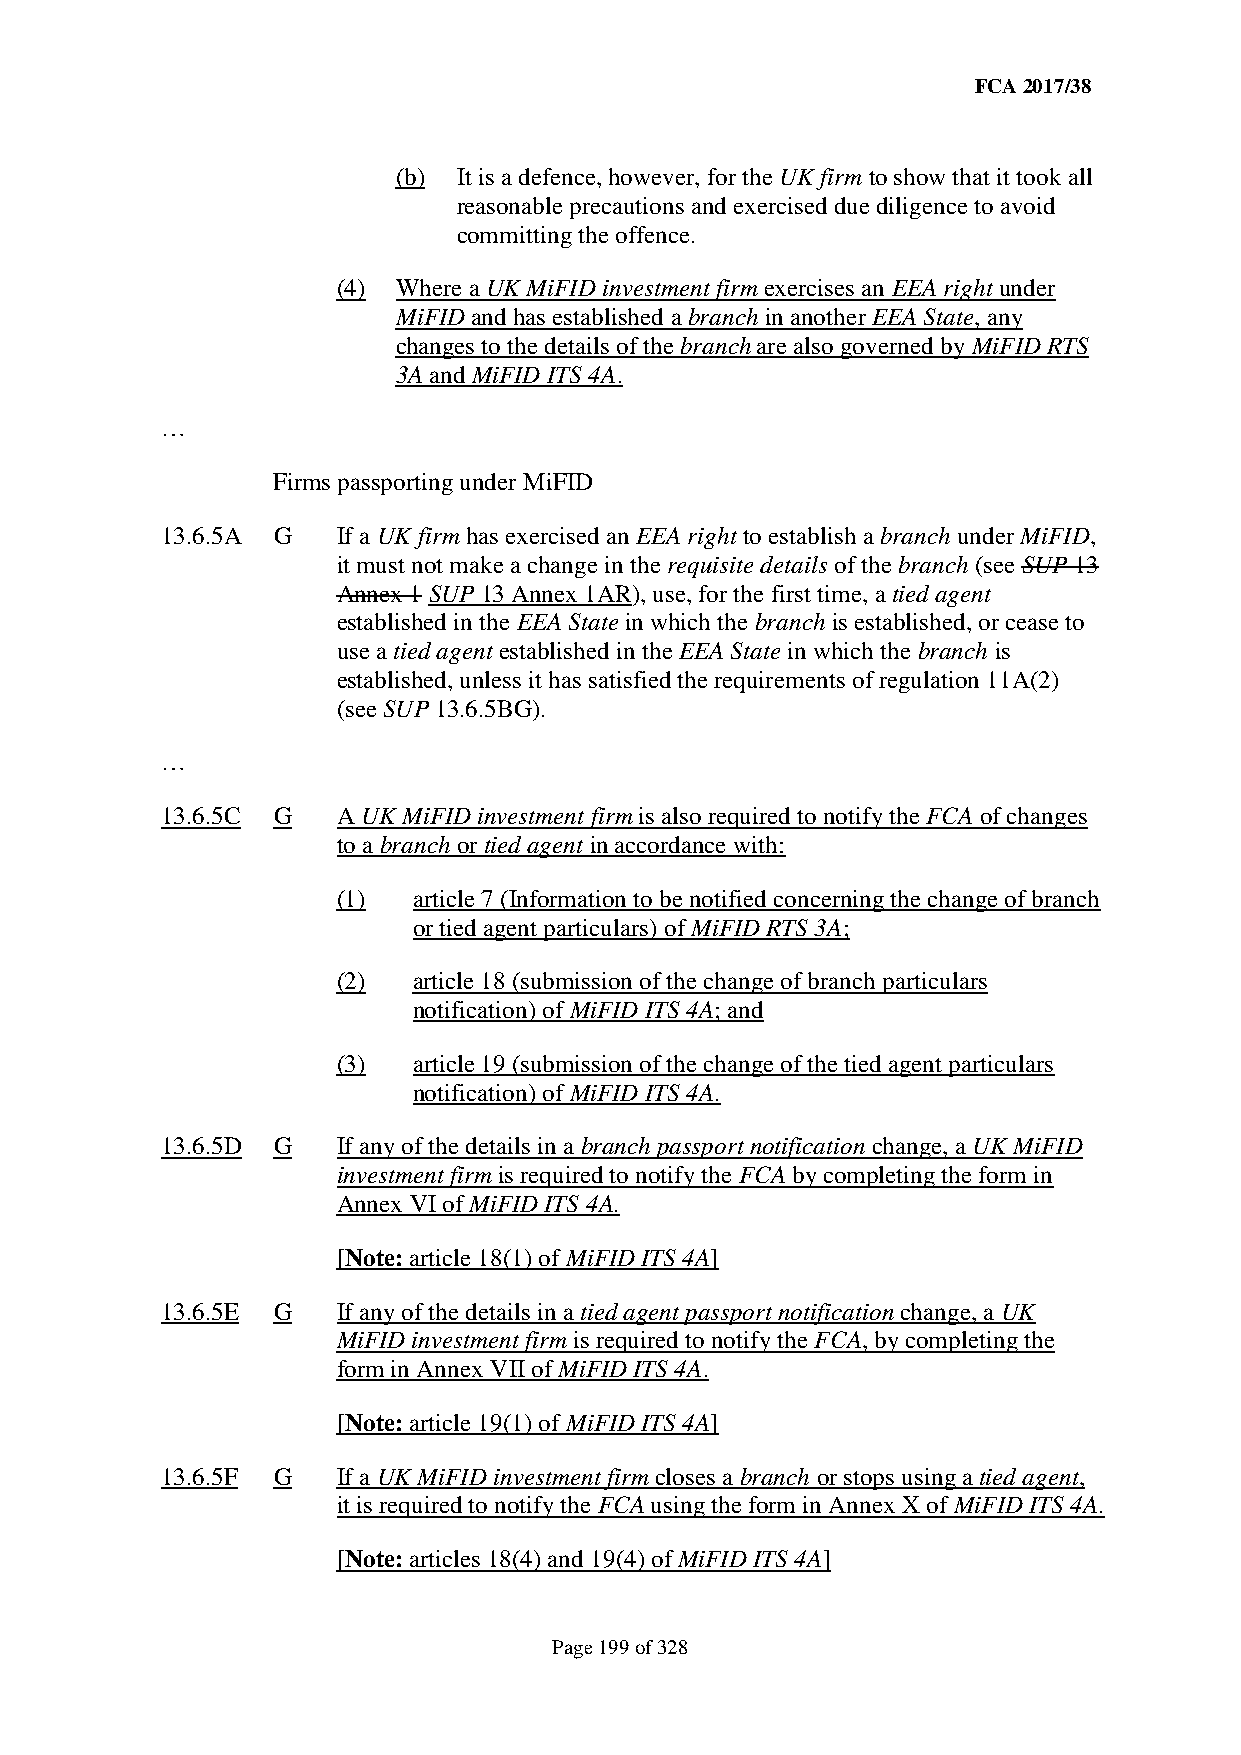
FCA 2017/38
 (b) It is a defence, however, for the UK firm to show that it took all
 reasonable precautions and exercised due diligence to avoid
 committing the offence.
 (4) Where a UK MiFID investment firm exercises an EEA right under
 MiFID and has established a branch in another EEA State, any
 changes to the details of the branch are also governed by MiFID RTS
 3A and MiFID ITS 4A.
 …
 Firms passporting under MiFID
 13.6.5A G  If a UK firm has exercised an EEA right to establish a branch under MiFID,
 it must not make a change in the requisite details of the branch (see SUP 13
 Annex 1 SUP 13 Annex 1AR), use, for the first time, a tied agent
 established in the EEA State in which the branch is established, or cease to
 use a tied agent established in the EEA State in which the branch is
 established, unless it has satisfied the requirements of regulation 11A(2)
 (see SUP 13.6.5BG).
 …
 13.6.5C G  A UK MiFID investment firm is also required to notify the FCA of changes
 to a branch or tied agent in accordance with:
 (1)  article 7 (Information to be notified concerning the change of branch
 or tied agent particulars) of MiFID RTS 3A;
 (2)  article 18 (submission of the change of branch particulars
 notification) of MiFID ITS 4A; and
 (3)  article 19 (submission of the change of the tied agent particulars
 notification) of MiFID ITS 4A.
 13.6.5D G  If any of the details in a branch passport notification change, a UK MiFID
 investment firm is required to notify the FCA by completing the form in
 Annex VI of MiFID ITS 4A.
 [Note: article 18(1) of MiFID ITS 4A]
 13.6.5E G  If any of the details in a tied agent passport notification change, a UK
 MiFID investment firm is required to notify the FCA, by completing the
 form in Annex VII of MiFID ITS 4A.
 [Note: article 19(1) of MiFID ITS 4A]
 13.6.5F G  If a UK MiFID investment firm closes a branch or stops using a tied agent,
 it is required to notify the FCA using the form in Annex X of MiFID ITS 4A.
 [Note: articles 18(4) and 19(4) of MiFID ITS 4A]
 Page 199 of 328